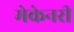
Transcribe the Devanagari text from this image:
मेकेनरी